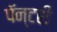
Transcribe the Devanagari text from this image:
पॅन्टरी